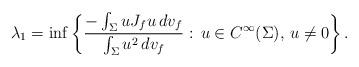
LaTeX: \begin{align*} \lambda_1=\inf\left\{\frac{-\int_{\Sigma}uJ_{f}u\, dv_f}{\int_{\Sigma}u^2\, dv_f}:\,u\in C^{\infty}(\Sigma),\,u\neq0\right\}.\end{align*}